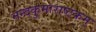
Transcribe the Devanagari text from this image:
नन्दकुमाराष्टकम्